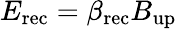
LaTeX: E_{\mathrm{rec}}=\beta_{\mathrm{rec}}B_{\mathrm{up}}